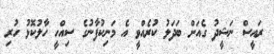
ރައީސް ނަޝީދު ގެއަށް ބަދަލު ކުރެއްވީ އެ މަނިކުފާނުގެ ސިއްހީ ހާލުކޮޅު ހުރި